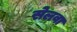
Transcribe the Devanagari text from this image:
सेलवा